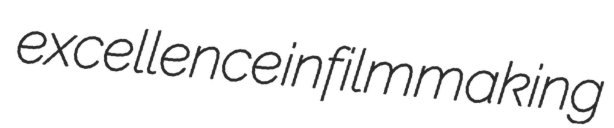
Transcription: excellence in filmmaking